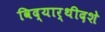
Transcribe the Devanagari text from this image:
विद्यार्थीदशे